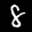
Label: 8